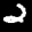
Label: 2